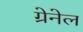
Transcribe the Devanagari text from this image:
ग्रेनेल